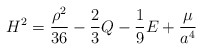
\begin{align*}H^2=\frac{\rho^2}{36}-\frac{2}{3}Q-\frac{1}{9}E +\frac{\cal \mu}{a^4}\end{align*}